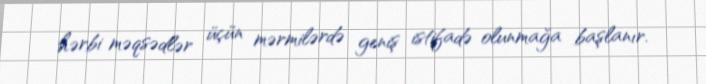
hərbi məqsədlər üçün mərmilərdə geniş istifadə olunmağa başlanır.